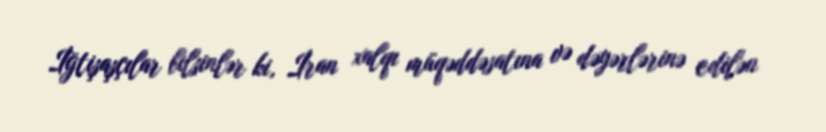
İğtişaşçılar bilsinlər ki, İran xalqı müqəddəsatına və dəyərlərinə edilən